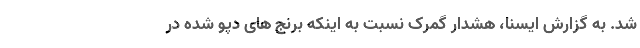
شد. به گزارش ایسنا، هشدار گمرک نسبت به اینکه برنج های دپو شده در